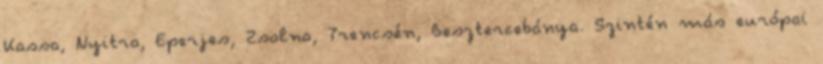
Kassa, Nyitra, Eperjes, Zsolna, Trencsén, Besztercebánya. Szintén más európai